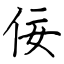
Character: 佞